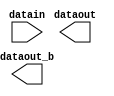
// megafunction wizard: %ALTIOBUF%VBB%
// GENERATION: STANDARD
// VERSION: WM1.0
// MODULE: altiobuf_out 

// ============================================================
// Megafunction Name(s):
// 			altiobuf_out
//
// Simulation Library Files(s):
// 			cyclonev
// ============================================================
// ************************************************************
// THIS IS A WIZARD-GENERATED FILE. DO NOT EDIT THIS FILE!
//
// 16.0.0 Build 211 04/27/2016 SJ Standard Edition
// ************************************************************

//Copyright (C) 1991-2016 Altera Corporation. All rights reserved.
//Your use of Altera Corporation's design tools, logic functions 
//and other software and tools, and its AMPP partner logic 
//functions, and any output files from any of the foregoing 
//(including device programming or simulation files), and any 
//associated documentation or information are expressly subject 
//to the terms and conditions of the Altera Program License 
//Subscription Agreement, the Altera Quartus Prime License Agreement,
//the Altera MegaCore Function License Agreement, or other 
//applicable license agreement, including, without limitation, 
//that your use is for the sole purpose of programming logic 
//devices manufactured by Altera and sold by Altera or its 
//authorized distributors.  Please refer to the applicable 
//agreement for further details.

module LVDS_BUF_OUT (
	datain,
	dataout,
	dataout_b)/* synthesis synthesis_clearbox = 1 */;

	input	[0:0]  datain;
	output	[0:0]  dataout;
	output	[0:0]  dataout_b;

endmodule

// ============================================================
// CNX file retrieval info
// ============================================================
// Retrieval info: PRIVATE: INTENDED_DEVICE_FAMILY STRING "Cyclone V"
// Retrieval info: PRIVATE: SYNTH_WRAPPER_GEN_POSTFIX STRING "0"
// Retrieval info: LIBRARY: altera_mf altera_mf.altera_mf_components.all
// Retrieval info: CONSTANT: INTENDED_DEVICE_FAMILY STRING "Cyclone V"
// Retrieval info: CONSTANT: enable_bus_hold STRING "FALSE"
// Retrieval info: CONSTANT: left_shift_series_termination_control STRING "FALSE"
// Retrieval info: CONSTANT: number_of_channels NUMERIC "1"
// Retrieval info: CONSTANT: open_drain_output STRING "FALSE"
// Retrieval info: CONSTANT: pseudo_differential_mode STRING "FALSE"
// Retrieval info: CONSTANT: use_differential_mode STRING "TRUE"
// Retrieval info: CONSTANT: use_oe STRING "FALSE"
// Retrieval info: CONSTANT: use_termination_control STRING "FALSE"
// Retrieval info: USED_PORT: datain 0 0 1 0 INPUT NODEFVAL "datain[0..0]"
// Retrieval info: USED_PORT: dataout 0 0 1 0 OUTPUT NODEFVAL "dataout[0..0]"
// Retrieval info: USED_PORT: dataout_b 0 0 1 0 OUTPUT NODEFVAL "dataout_b[0..0]"
// Retrieval info: CONNECT: @datain 0 0 1 0 datain 0 0 1 0
// Retrieval info: CONNECT: dataout 0 0 1 0 @dataout 0 0 1 0
// Retrieval info: CONNECT: dataout_b 0 0 1 0 @dataout_b 0 0 1 0
// Retrieval info: GEN_FILE: TYPE_NORMAL LVDS_BUF_OUT.v TRUE
// Retrieval info: GEN_FILE: TYPE_NORMAL LVDS_BUF_OUT.inc FALSE
// Retrieval info: GEN_FILE: TYPE_NORMAL LVDS_BUF_OUT.cmp FALSE
// Retrieval info: GEN_FILE: TYPE_NORMAL LVDS_BUF_OUT.bsf FALSE
// Retrieval info: GEN_FILE: TYPE_NORMAL LVDS_BUF_OUT_inst.v FALSE
// Retrieval info: GEN_FILE: TYPE_NORMAL LVDS_BUF_OUT_bb.v TRUE
// Retrieval info: LIB_FILE: cyclonev